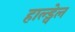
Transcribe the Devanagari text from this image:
हाल्ड्वेल